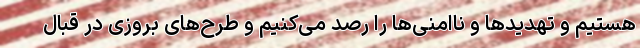
هستیم و تهدیدها و ناامنی‌ها را رصد می‌کنیم و طرح‌های بِروزی در قبال